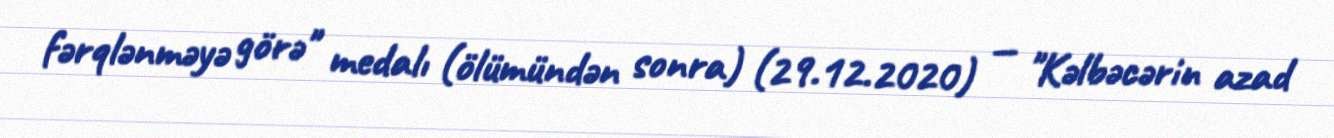
fərqlənməyə görə" medalı (ölümündən sonra) (29.12.2020) — "Kəlbəcərin azad